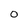
Character: O